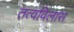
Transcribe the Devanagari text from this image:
तत्वविलास